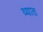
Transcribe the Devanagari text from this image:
व्यात